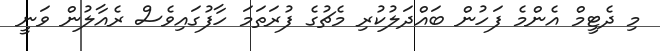
މި ދެޓީމް އެންމެ ފަހުން ބައްދަލުކުރި މެޗުގެ ފުރަތަމަ ހާފުގައިވެސް ރެއާލުން ވަނީ